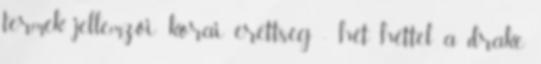
termék jellemzői: korai érettség - hét héttel a drake